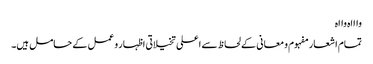
واااہ وااہ
تمام اشعار مفہوم و معانی کے لحاظ سے اعلی تخیلاتی اظہار و عمل کے حامل ہیں۔